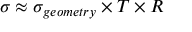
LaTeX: \sigma \approx \sigma _ { g e o m e t r y } \times T \times R